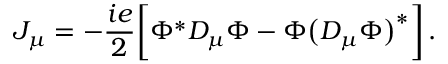
J _ { \mu } = - { \frac { i e } { 2 } } \bigg [ \Phi ^ { \ast } D _ { \mu } \Phi - \Phi \big ( D _ { \mu } \Phi \big ) ^ { \ast } \bigg ] \, .